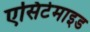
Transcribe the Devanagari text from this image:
एसिटेमाइड